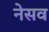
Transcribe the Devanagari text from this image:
नेसव